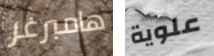
هامبرغر علوية